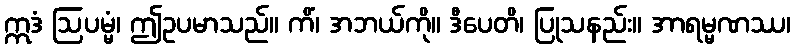
ဣဒံ ဩပမ္မံ၊ ဤဥပမာသည်။ ကိံ၊ အဘယ်ကို။ ဒီပေတိ၊ ပြုသနည်း။ အာရမ္မဏဿ၊